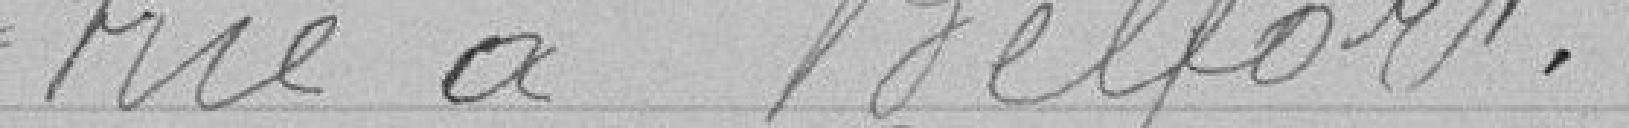
-trie à Belfort.